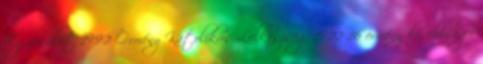
Egyesület 1992 Örmény Katolikus Lelkészség 1922 16 örmény kisebbségi